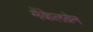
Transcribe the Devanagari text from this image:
मेंकेलग्रेन